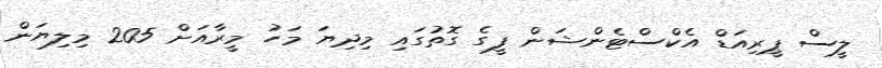
ލީސް ޕީރިއަޑް އެކްސްޓެންޝަން ފީގެ ގޮތުގައި މިދިޔަ މަހު މީރާއަށް 205 މިލިޔަން